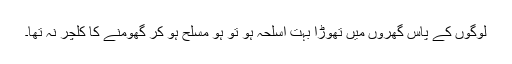
لوگوں کے پاس گھروں میں تھوڑا بہت اسلحہ ہو تو ہو مسلح ہو کر گھومنے کا کلچر نہ تھا۔